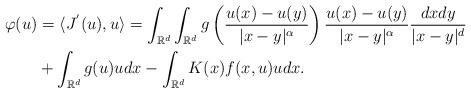
LaTeX: \begin{align*}\varphi(u) & =\langle J^{'}(u),u\rangle =\int_{\mathbb{R}^{d}}\int_{\mathbb{R}^{d}}g\left( \frac{u(x)-u(y)}{\vert x-y\vert^{\alpha}}\right)\frac{u(x)-u(y)}{\vert x-y\vert^{\alpha}}\frac{dxdy}{\vert x-y\vert^{d}}\\& + \int_{\mathbb{R}^{d}}g(u)u dx - \int_{\mathbb{R}^{d}} K(x)f(x,u)u dx.\end{align*}